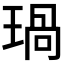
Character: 𤧗